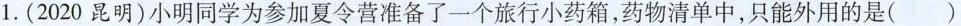
1.(2020昆明)小明同学为参加夏令营准备了一个旅行小药箱，药物清单中，只能外用的是()